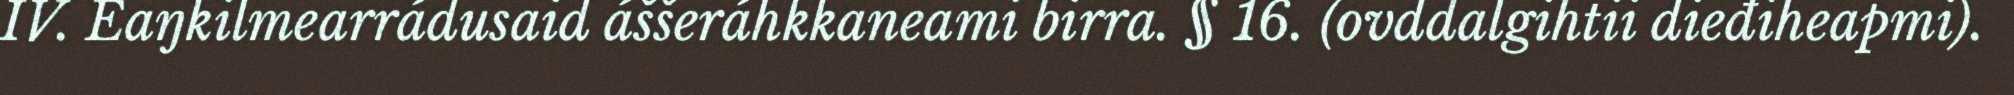
IV. Eaŋkilmearrádusaid áššeráhkkaneami birra. § 16. (ovddalgihtii dieđiheapmi).